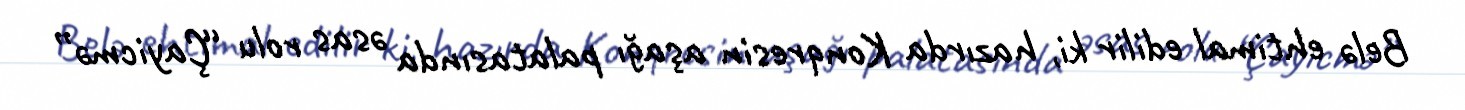
Belə ehtimal edilir ki, hazırda Konqresin aşağı palatasında əsas rolu “Çayicmə”